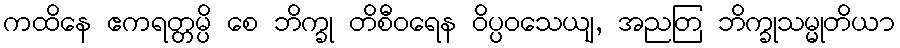
ကထိနေ ဧကရတ္တမ္ပိ စေ ဘိက္ခု တိစီဝရေန ဝိပ္ပဝသေယျ, အညတြ ဘိက္ခုသမ္မုတိယာ